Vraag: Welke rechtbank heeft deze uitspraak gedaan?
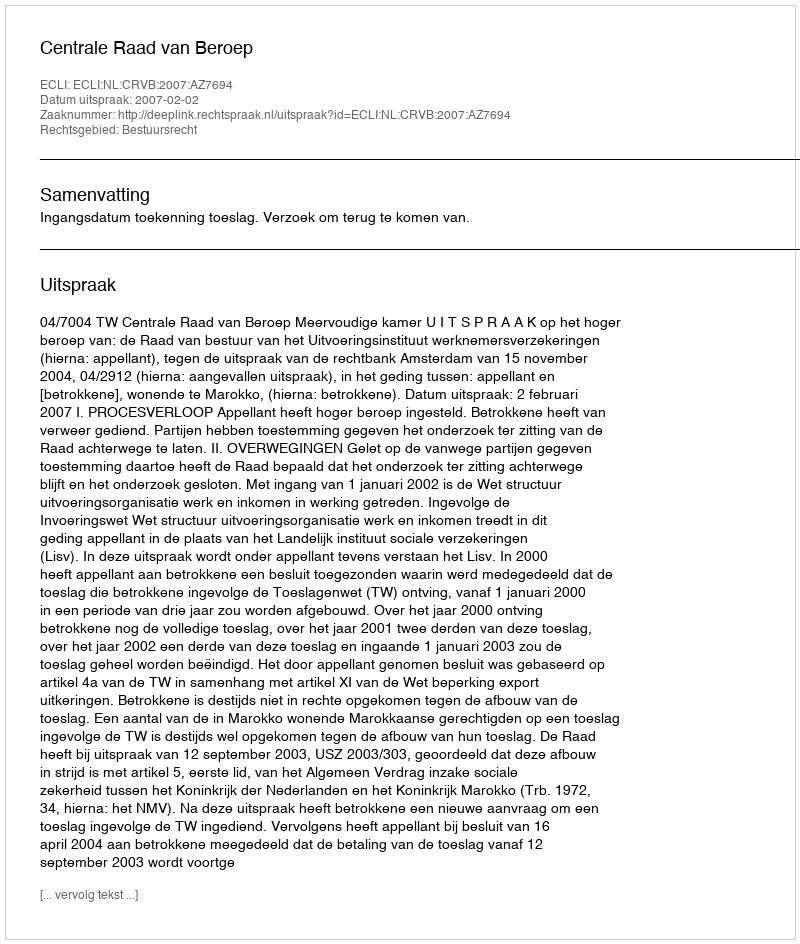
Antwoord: Centrale Raad van Beroep